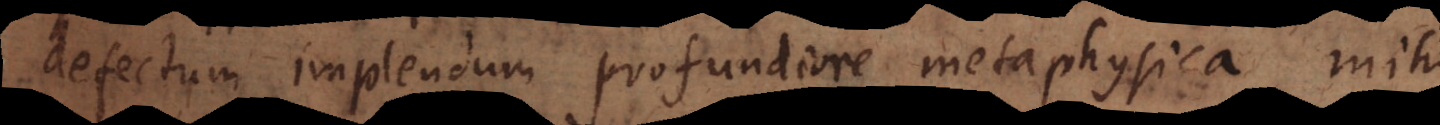
defectum implendum profundiore metaphysica mihi